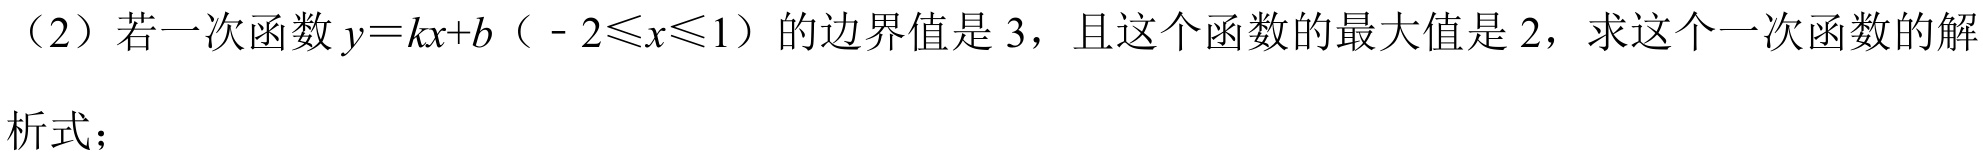
（2）若一次函数\(y = kx + b\)（\(-2\leqslant x\leqslant1\)）的边界值是\(3\)，且这个函数的最大值是\(2\)，求这个一次函数的解
析式；